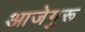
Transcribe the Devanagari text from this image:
आजेगुरू